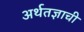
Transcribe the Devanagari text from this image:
अर्थतज्ञाची